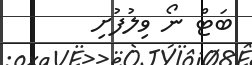
ބަޓް ނޯ ވިލުފުށި